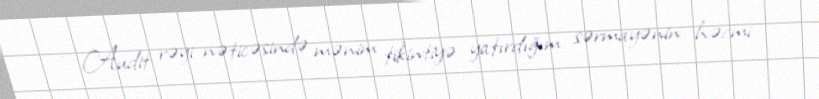
- Audit rəyi nəticəsində mənim tikintiyə yatırdığım sərmayənin həcmi